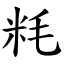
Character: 粍